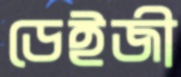
ডেইজী